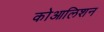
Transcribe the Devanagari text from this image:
कोआलिशन